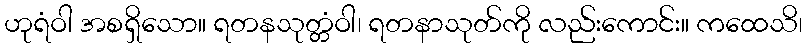
ဟုရံဝါ အစရှိသော။ ရတနသုတ္တံဝါ၊ ရတနာသုတ်ကို လည်းကောင်း။ ကထေသိ၊